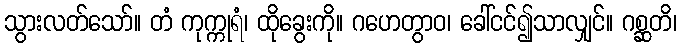
သွားလတ်သော်။ တံ ကုက္ကုရံ၊ ထိုခွေးကို။ ဂဟေတွာဝ၊ ခေါ်ငင်၍သာလျှင်။ ဂစ္ဆတိ၊